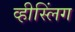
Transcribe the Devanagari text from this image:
व्हीस्लिंग